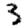
Digit: 3